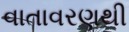
વાતાવરણથી